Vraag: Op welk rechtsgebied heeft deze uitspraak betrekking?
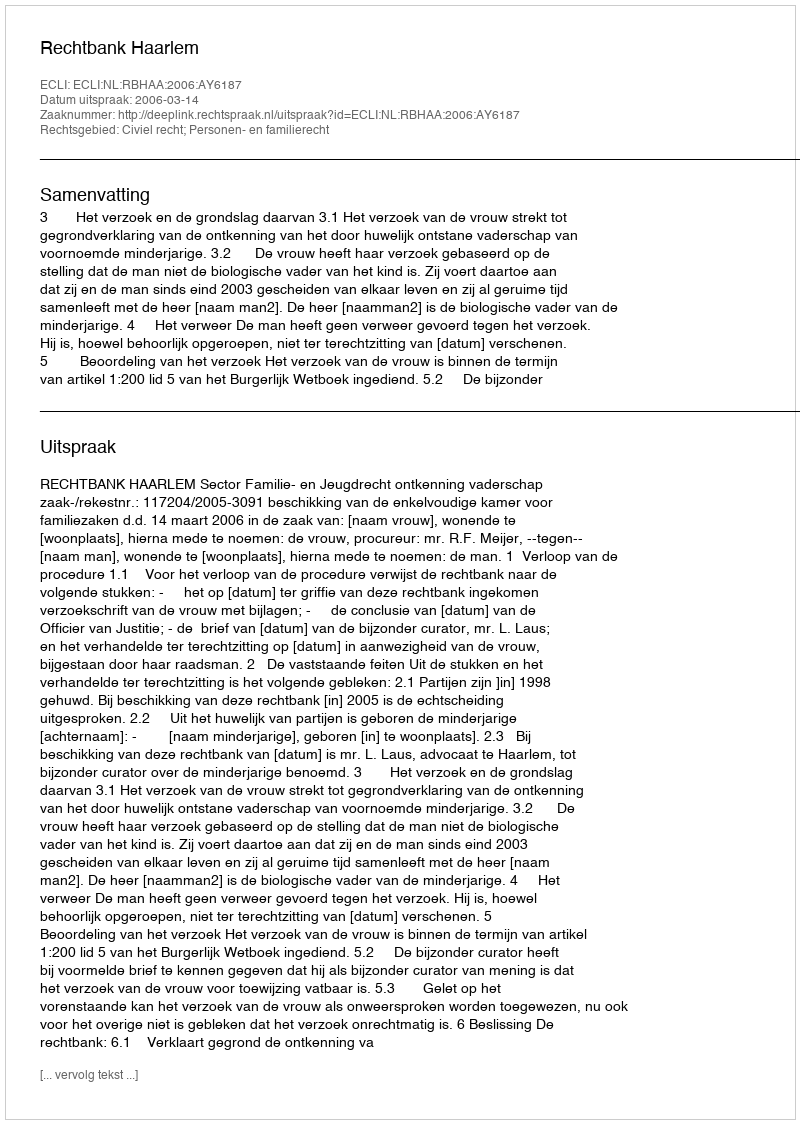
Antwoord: Civiel recht; Personen- en familierecht